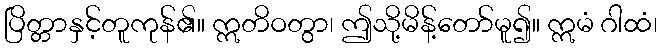
ပြိတ္တာနှင့်တူကုန်၏။ ဣတိဝတွာ၊ ဤသို့မိန့်တော်မူ၍။ ဣမံ ဂါထံ၊